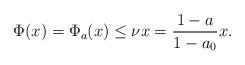
LaTeX: \begin{align*}\Phi(x)= \Phi_a(x)\le \nu x = \frac{1-a}{1-a_0}x.\end{align*}